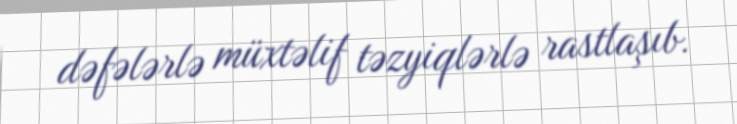
dəfələrlə müxtəlif təzyiqlərlə rastlaşıb.